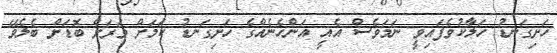
ހަށިގަނޑު ހަލާކުވެފައިވީ ނަމަވެސް އެއީ އަންހެނެއްގެ ހަށިގަނޑު ކަމަށް ވަރަށް ބޮޑަށް ބެލެވޭ